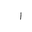
Letter: _alif